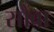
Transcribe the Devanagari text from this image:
सौंवा